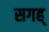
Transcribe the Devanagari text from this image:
सगह्